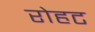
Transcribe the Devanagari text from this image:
रोहट